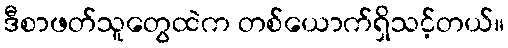
ဒီစာဖတ်သူတွေထဲက တစ်ယောက်ရှိသင့်တယ်။